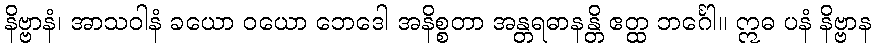
နိဗ္ဗာနံ၊ အာသဝါနံ ခယော ဝယော ဘေဒေါ အနိစ္စတာ အန္တရဓာနန္တိ ဧတ္ထ ဘင်္ဂေါ။ ဣဓ ပနံ နိဗ္ဗာန